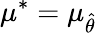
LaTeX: \mu^{*}=\mu_{\hat{\theta}}